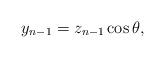
LaTeX: \begin{align*} y_{n-1}=z_{n-1}\cos \theta,\end{align*}